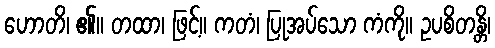
ဟောတိ၊ ၏။ တထာ၊ ဖြင့်။ ကတံ၊ ပြုအပ်သော ကံကို။ ဥပစိတန္တိ၊